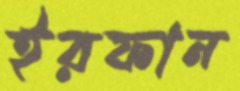
ইরফান